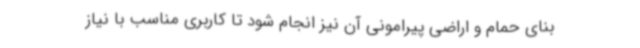
بنای حمام و اراضی پیرامونی آن نیز انجام شود تا کاربری مناسب با نیاز